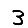
Digit: 3